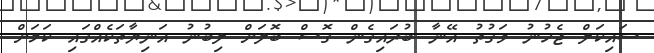
ސައިކަލް ޖެހުނު ވަގުތު އޭނާ ބުރައިގެން ގޮސް ބޮލަށް ލިބުނު އަނިޔާތަކެއްގައި ކަމަށް